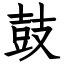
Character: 鼓